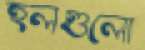
হলগুলো